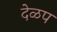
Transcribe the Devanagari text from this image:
देळप